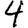
Digit: 4